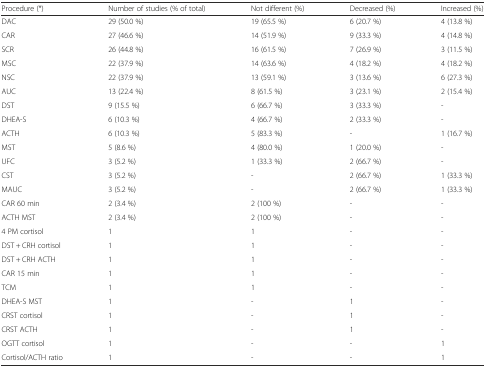
<table><thead><tr><td><b>Procedure (*)</b></td><td><b>Number of studies (% of total)</b></td><td><b>Not different (%)</b></td><td><b>Decreased (%)</b></td><td><b>Increased (%)</b></td></tr></thead><tbody><tr><td>DAC</td><td>29 (50.0 %)</td><td>19 (65.5 %)</td><td>6 (20.7 %)</td><td>4 (13.8 %)</td></tr><tr><td>CAR</td><td>27 (46.6 %)</td><td>14 (51.9 %)</td><td>9 (33.3 %)</td><td>4 (14.8 %)</td></tr><tr><td>SCR</td><td>26 (44.8 %)</td><td>16 (61.5 %)</td><td>7 (26.9 %)</td><td>3 (11.5 %)</td></tr><tr><td>MSC</td><td>22 (37.9 %)</td><td>14 (63.6 %)</td><td>4 (18.2 %)</td><td>4 (18.2 %)</td></tr><tr><td>NSC</td><td>22 (37.9 %)</td><td>13 (59.1 %)</td><td>3 (13.6 %)</td><td>6 (27.3 %)</td></tr><tr><td>AUC</td><td>13 (22.4 %)</td><td>8 (61.5 %)</td><td>3 (23.1 %)</td><td>2 (15.4 %)</td></tr><tr><td>DST</td><td>9 (15.5 %)</td><td>6 (66.7 %)</td><td>3 (33.3 %)</td><td>-</td></tr><tr><td>DHEA-S</td><td>6 (10.3 %)</td><td>4 (66.7 %)</td><td>2 (33.3 %)</td><td>-</td></tr><tr><td>ACTH</td><td>6 (10.3 %)</td><td>5 (83.3 %)</td><td>-</td><td>1 (16.7 %)</td></tr><tr><td>MST</td><td>5 (8.6 %)</td><td>4 (80.0 %)</td><td>1 (20.0 %)</td><td>-</td></tr><tr><td>UFC</td><td>3 (5.2 %)</td><td>1 (33.3 %)</td><td>2 (66.7 %)</td><td>-</td></tr><tr><td>CST</td><td>3 (5.2 %)</td><td>-</td><td>2 (66.7 %)</td><td>1 (33.3 %)</td></tr><tr><td>MAUC</td><td>3 (5.2 %)</td><td>-</td><td>2 (66.7 %)</td><td>1 (33.3 %)</td></tr><tr><td>CAR 60 min</td><td>2 (3.4 %)</td><td>2 (100 %)</td><td>-</td><td>-</td></tr><tr><td>ACTH MST</td><td>2 (3.4 %)</td><td>2 (100 %)</td><td>-</td><td>-</td></tr><tr><td>4 PM cortisol</td><td>1</td><td>1</td><td>-</td><td>-</td></tr><tr><td>DST + CRH cortisol</td><td>1</td><td>1</td><td>-</td><td>-</td></tr><tr><td>DST + CRH ACTH</td><td>1</td><td>1</td><td>-</td><td>-</td></tr><tr><td>CAR 15 min</td><td>1</td><td>1</td><td>-</td><td>-</td></tr><tr><td>TCM</td><td>1</td><td>1</td><td>-</td><td>-</td></tr><tr><td>DHEA-S MST</td><td>1</td><td>-</td><td>1</td><td>-</td></tr><tr><td>CRST cortisol</td><td>1</td><td>-</td><td>1</td><td>-</td></tr><tr><td>CRST ACTH</td><td>1</td><td>-</td><td>1</td><td>-</td></tr><tr><td>OGTT cortisol</td><td>1</td><td>-</td><td>-</td><td>1</td></tr><tr><td>Cortisol/ACTH ratio</td><td>1</td><td>-</td><td>-</td><td>1</td></tr></tbody></table>